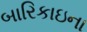
બારિકાઇના